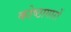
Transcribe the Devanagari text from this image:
कोष्ठागारों